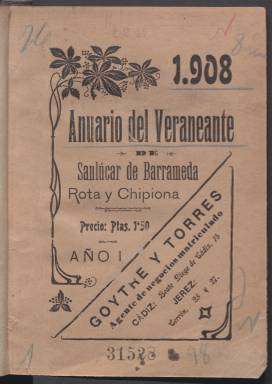
Título: Anuario del veraneante de Sanlúcar de Barrameda, Rota y Chipiona
Colección: Revistas turísticas y de viajes
Ámbito geográfico: Cádiz
Lugar de publicación: Sanlúcar de Barrameda [Cádiz]
Fechas: 01/01/1908-31/12/1908